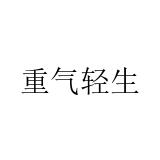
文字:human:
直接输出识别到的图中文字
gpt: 重气轻生